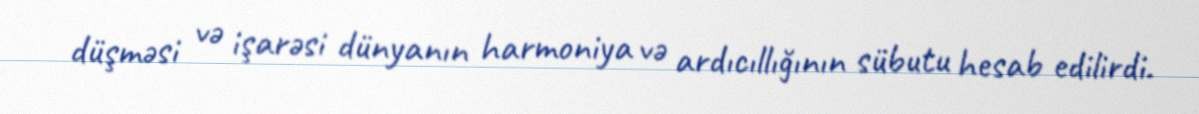
düşməsi və işarəsi dünyanın harmoniya və ardıcıllığının sübutu hesab edilirdi.